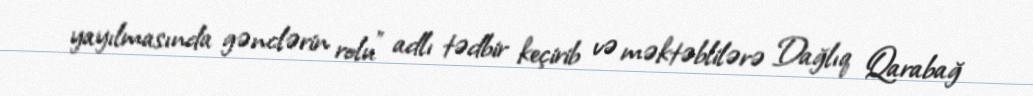
yayılmasında gənclərin rolu" adlı tədbir keçirib və məktəblilərə Dağlıq Qarabağ